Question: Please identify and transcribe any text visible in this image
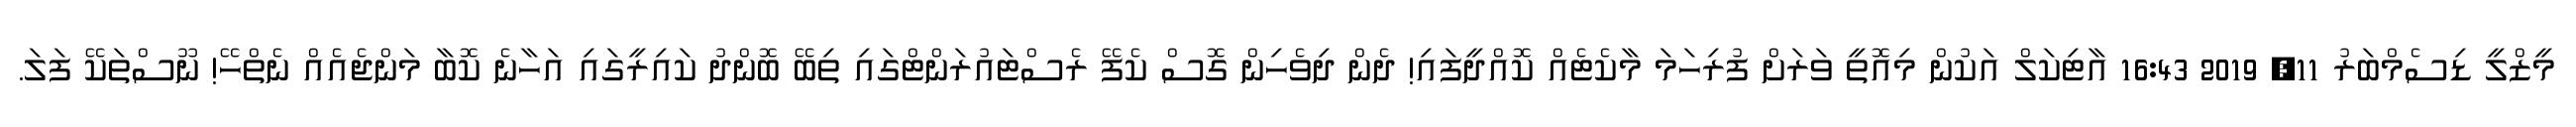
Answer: މީޒްލީ ޑިސެމްބަރު 11, 2019 16:43 އާޓިކަލް އަކުން މިއޮތީ ވަރަށް ފުރިހަމަ މާކެޓެއް ކޮއްދީފައި! ދެން ދިވެހިން ގޮސް ކެފޭ ރެސްޓައުރަންޓްގައި ތިބޭ ބޮންދު ކައިރީގައި އަހާނެ ކޮބާ މަންޖެއެއް ނެތްހޭ! ނޫސްތަކޭ ފަލަ.